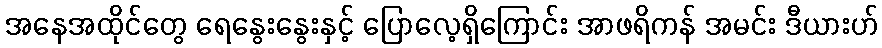
အနေအထိုင်တွေ ရေနွေးနွေးနှင့် ပြောလေ့ရှိကြောင်း အာဖရိကန် အမင်း ဒီယားဟ်